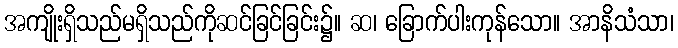
အကျိုးရှိသည်မရှိသည်ကိုဆင်ခြင်ခြင်း၌။ ဆ၊ ခြောက်ပါးကုန်သော။ အာနိသံသာ၊